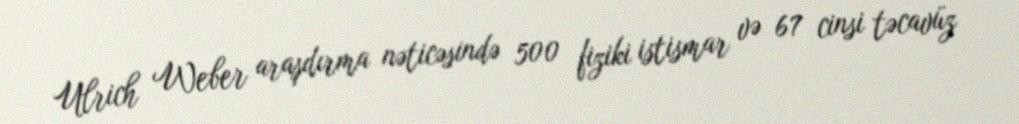
Ulrich Weber araşdırma nəticəsində 500 fiziki istismar və 67 cinsi təcavüz